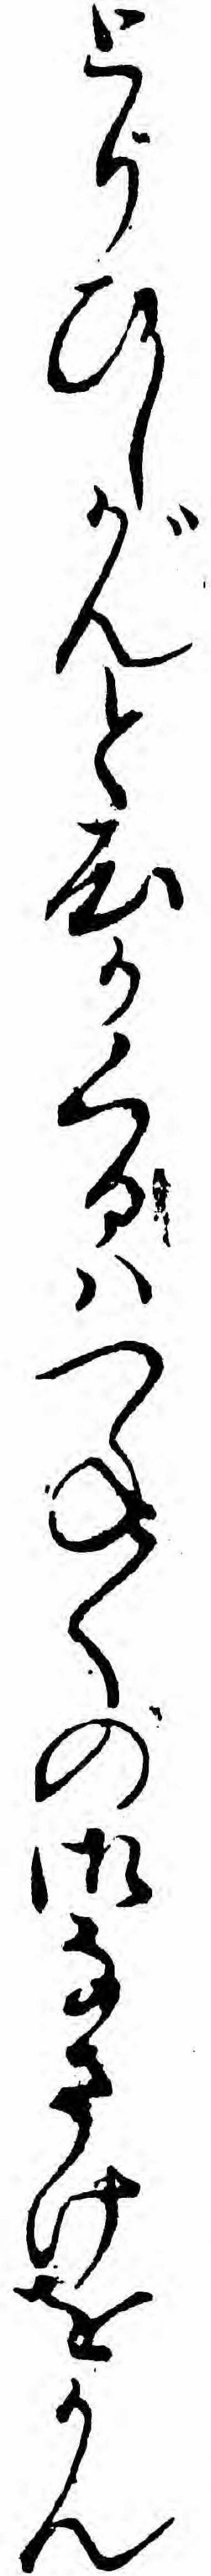
とりひしがんと心かくるハつね〱の御なさけをかん